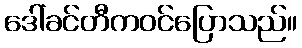
ဒေါ်ခင်တီကဝင်ပြောသည်။